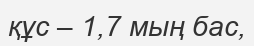
құс – 1,7 мың бас,